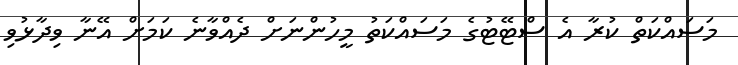
މަސައްކަތް ކުރާ އެ ސްޓޭޓުގެ މަސައްކަތު މީހުންނަށް ދެއްވާނެ ކަމަށް އޭނާ ވިދާޅުވި